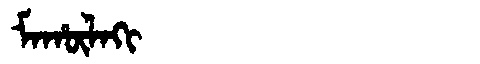
Manchu: ᠮᠠᡥᡡᠯᠠᡴᡳ
Romanization: MAHŪLAKI